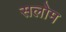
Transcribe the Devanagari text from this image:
सलोम